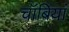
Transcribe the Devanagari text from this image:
चॉबियां